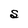
Character: S